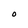
Character: O